Plague in India, 1896, 1897 - Volume 2
Year: 1896
Disease focus: Plague
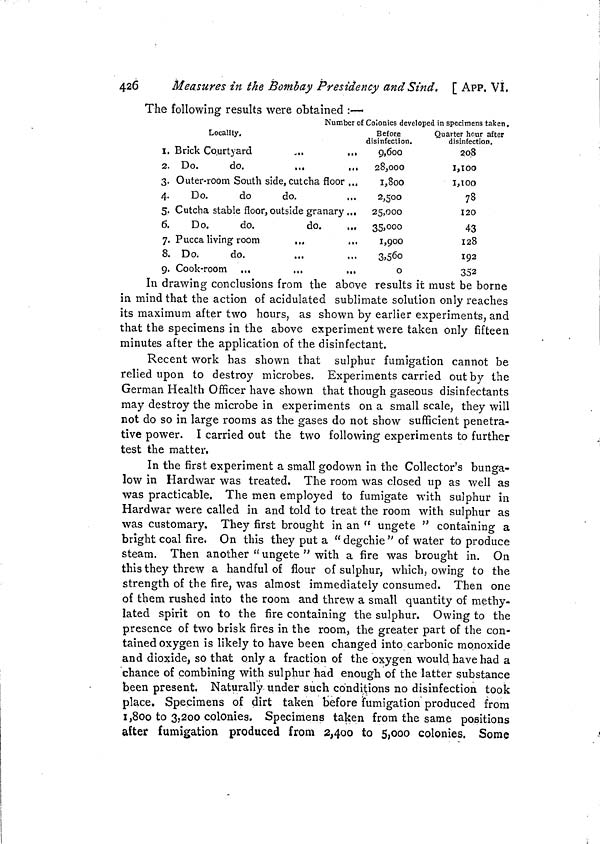
426
Measures in the Bombay Presidency and Sind. [ APP. VI.
The following results were obtained :—
Number of Colonies developed in specimens taken.
Locality.
I.
2.
3.
4.
5.
6.
7.
8.
9.
Brick Courtyard
...
,,.
Do.
do.
Outer-room South side, cut cha floor ,,,
Do.
do
do.
Cutcha stable floor, outside granary ...
Do.
do.
do.
...
Pucca living room
....
Do.
do.
Cook-room
Before
disinfection.
9,600
28,000
1,800
2,500
25,000
3,5000
1,900
3,560
0
Quarter hour after
disinfection.
208
1,100
1,100
78
I2O
43
128
192
352
In drawing conclusions from the above results it must be borne
in mind that the action of acidulated sublimate solution only reaches
its maximum after two hours, as shown by earlier experiments, and
that the specimens in the above experiment were taken only fifteen
minutes after the application of the disinfectant.
Recent work has shown that sulphur fumigation cannot be
relied upon to destroy microbes. Experiments carried out by the
German Health Officer have shown that though gaseous disinfectants
may destroy the microbe in experiments on a small scale, they will
not do so in large rooms as the gases do not show sufficient penetra-
tive power. I carried out the two following experiments to further
test the matter.
In the first experiment a small godown in the Collector's bunga-
low in Hardwar was treated. The room was closed up as well as
was practicable. The men employed to fumigate with sulphur in
Hardwar were called in and told to treat the room with sulphur as
was customary. They first brought in an " ungete " containing a
bright coal fire. On this they put a "degchie" of water to produce
steam. Then another " ungete " with a fire was brought in. On
this they threw a handful of flour of sulphur, which, owing to the
strength of the fire, was almost immediately consumed. Then one
of them rushed into the room and threw a small quantity of methy-
lated spirit on to the fire containing the sulphur. Owing to the
presence of two brisk fires in the room, the greater part of the con-
tained oxygen is likely to have been changed into carbonic monoxide
and dioxide, so that only a fraction of the oxygen would have had a
chance of combining with sulphur had enough of the latter substance
been present. Naturally under such conditions no disinfection took
place. Specimens of dirt taken before fumigation produced from
1,800 to 3,200 colonies. Specimens taken from the same positions
after fumigation produced from 2,400 to 5,000 colonies. Some